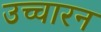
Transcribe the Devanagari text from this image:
उच्चारन